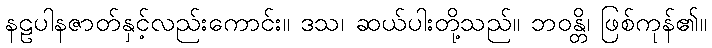
နဠပါနဇာတ်နှင့်လည်းကောင်း။ ဒသ၊ ဆယ်ပါးတို့သည်။ ဘဝန္တိ၊ ဖြစ်ကုန်၏။